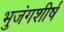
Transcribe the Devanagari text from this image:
भुजंगशीर्ष